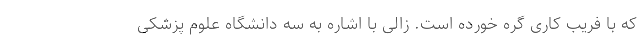
که با فریب کاری گره خورده است. زالی با اشاره به سه دانشگاه علوم پزشکی